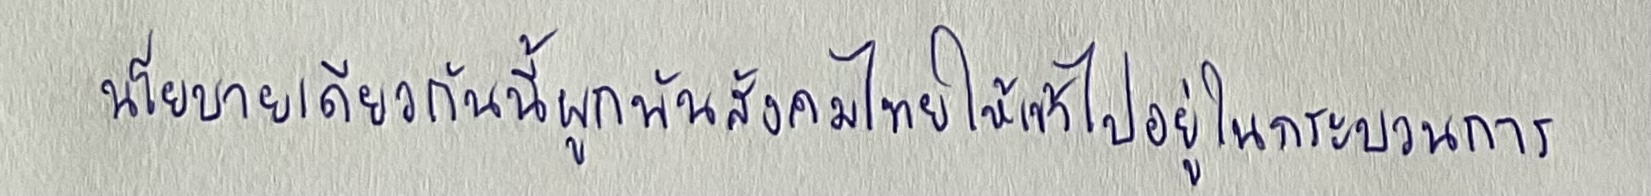
นโยบายเดียวกันนี้ก็ผูกพันสังคมไทยให้เข้าไปอยู่ในกระบวนการ